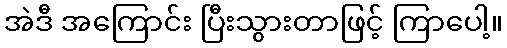
အဲဒီ အကြောင်း ပြီးသွားတာဖြင့် ကြာပေါ့။